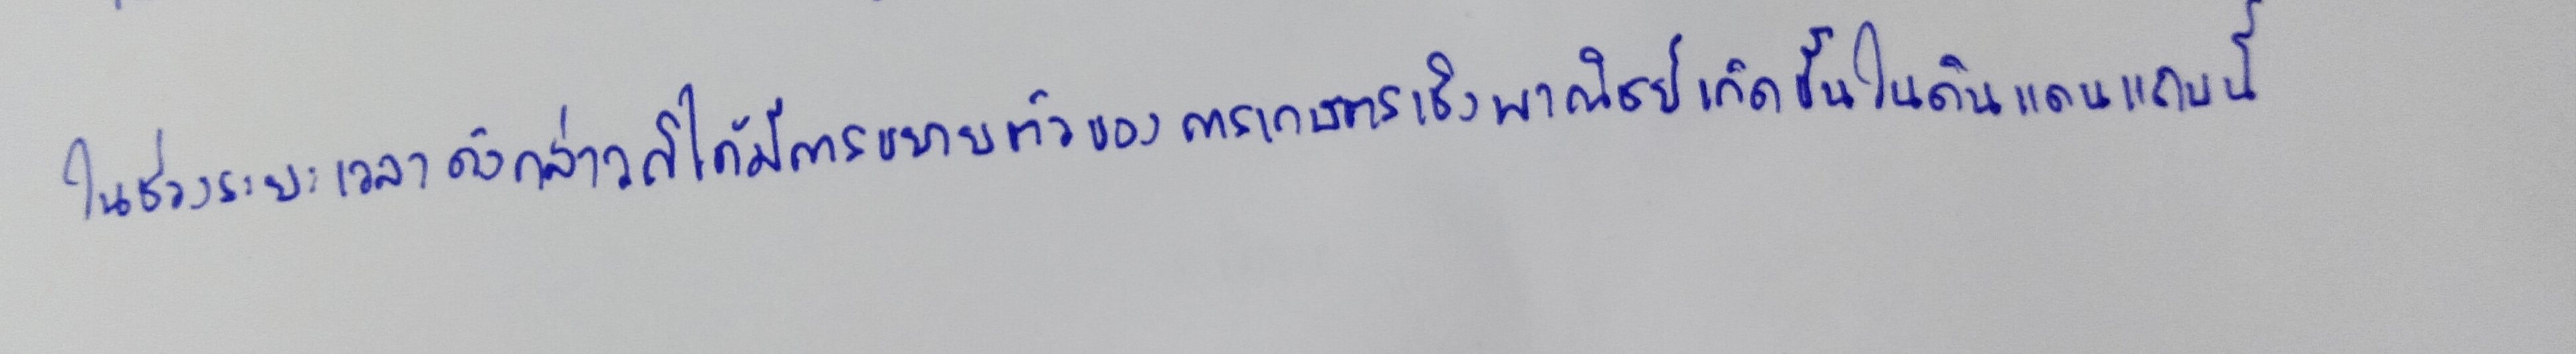
ซึ่งดูเหมือนว่าจะได้รับการออกแบบขึ้นมาโดยเฉพาะและด้วยความเมตตาของธรรมชาติ